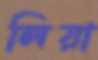
লিয়া